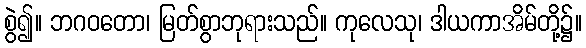
စွဲ၍။ ဘဂဝတော၊ မြတ်စွာဘုရားသည်။ ကုလေသု၊ ဒါယကာအိမ်တို့၌။